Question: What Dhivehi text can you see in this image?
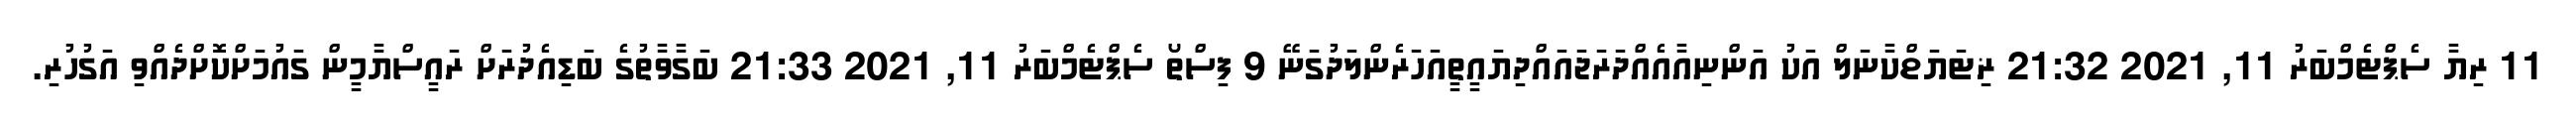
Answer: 11 ރިޔާ ސެޕްޓެމްބަރު 11, 2021 21:32 ޜިޓަޔަޱްކާނަލް އަކު އަންނިއާއެއްދަރަޖައައްދިޔައީތީއަހަރެންލަދުގަނޭ 9 ފިސްތޯ ސެޕްޓެމްބަރު 11, 2021 21:33 ބަގާވާތުގެ ބަޑިއެދުރަށް ރައީސްޔާމީން ގައުމަށްކޮށްދެއްވި އަގުހުރި.